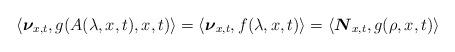
LaTeX: \begin{align*}\langle{\boldsymbol{\nu}}_{x,t},g(A(\lambda,x,t),x,t)\rangle=\langle{\boldsymbol{\nu}}_{x,t},f(\lambda,x,t)\rangle=\langle{\boldsymbol{N}}_{x,t},g(\rho,x,t)\rangle\end{align*}